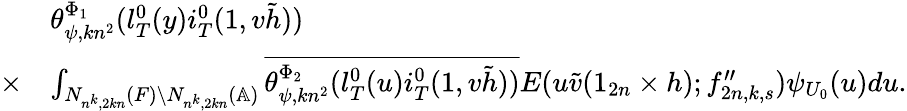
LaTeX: \begin{array}{rl}&{\theta_{\psi,kn^{2}}^{\Phi_{1}}(l_{T}^{0}(y)i_{T}^{0}(1,v\tilde{h}))}\\ {\times}&{\int_{N_{n^{k},2kn}(F)\backslash N_{n^{k},2kn}(\mathbb{A})}\overline{{\theta_{\psi,kn^{2}}^{\Phi_{2}}(l_{T}^{0}(u)i_{T}^{0}(1,v\tilde{h}))}}E(u\tilde{v}(1_{2n}\times h);f_{2n,k,s}^{\prime\prime})\psi_{U_{0}}(u)du.}\end{array}